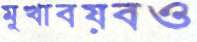
মুখাবয়বও